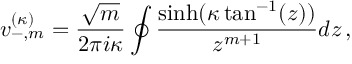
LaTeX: v _ { - , m } ^ { ( \kappa ) } = \frac { \sqrt { m } } { 2 \pi i \kappa } \oint \frac { \sinh ( \kappa \tan ^ { - 1 } ( z ) ) } { z ^ { m + 1 } } d z \, ,